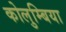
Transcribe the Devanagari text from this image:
कोलुम्बिया